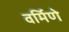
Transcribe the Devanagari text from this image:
वर्मिणे